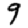
Digit: 9